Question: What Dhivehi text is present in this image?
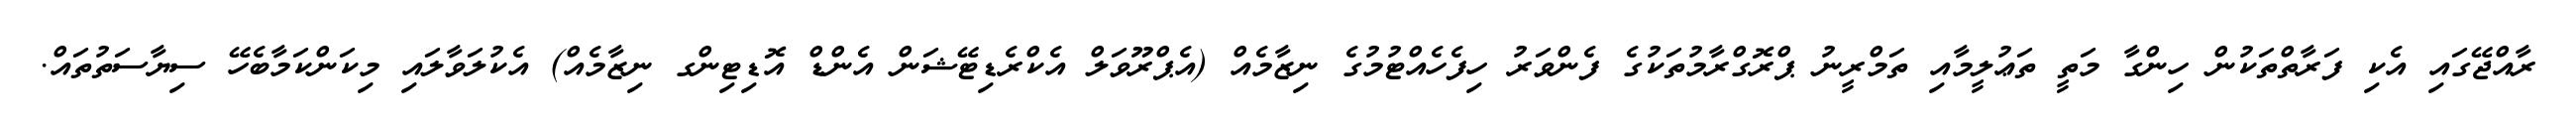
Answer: ރާއްޖޭގައި އެކި ފަރާތްތަކުން ހިންގާ މަތީ ތަޢުލީމާއި ތަމްރީނު ޕްރޮގްރާމުތަކުގެ ފެންވަރު ހިފެހެއްޓުމުގެ ނިޒާމެއް (އެޕްރޫވަލް އެކްރެޑިޓޭޝަން އެންޑް އޮޑިޓިންގ ނިޒާމެއް) އެކުލަވާލައި މިކަންކަމާބެހޭ ސިޔާސަތުތައް.